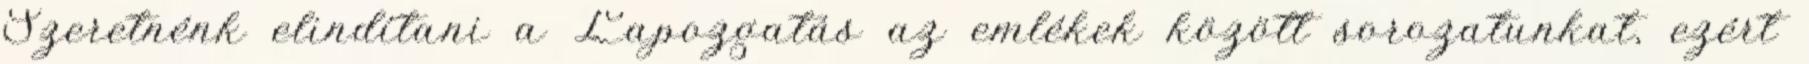
Szeretnénk elindítani a Lapozgatás az emlékek között sorozatunkat, ezért